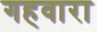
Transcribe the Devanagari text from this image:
गहवारा